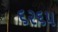
૬૨૬૫